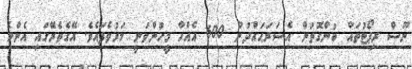
ނޫސް ރިޕޯޓުތައް ބުނާގޮތުން އެސަރަޙައްދުން 600 އެއްހާ މީހުންވަނީ މަރުވެފައެވެ. އޭގެތެރޭގައި އެންމެ